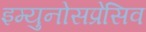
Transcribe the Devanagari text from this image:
इम्युनोसप्रेसिव